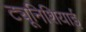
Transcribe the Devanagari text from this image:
ट्यूनिशियाई